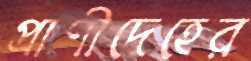
প্রাণীদেহের